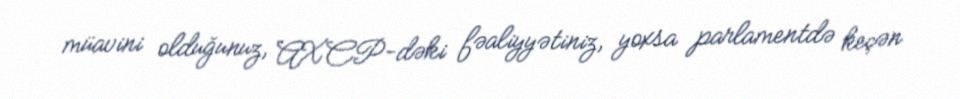
müavini olduğunuz, AXCP-dəki fəaliyyətiniz, yoxsa parlamentdə keçən